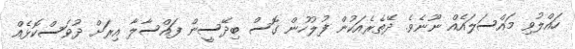
ހައްލުވި މައްސަލައެއް ނޫނެވެ. ދޭތެރެއަކުން ފުލުހުން ގޮސް ބިދޭސީން ފައްސާލާ އިރަށް ދުވަސްކޮޅެއް